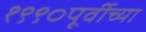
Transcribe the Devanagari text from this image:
१९९०पूर्वीच्या